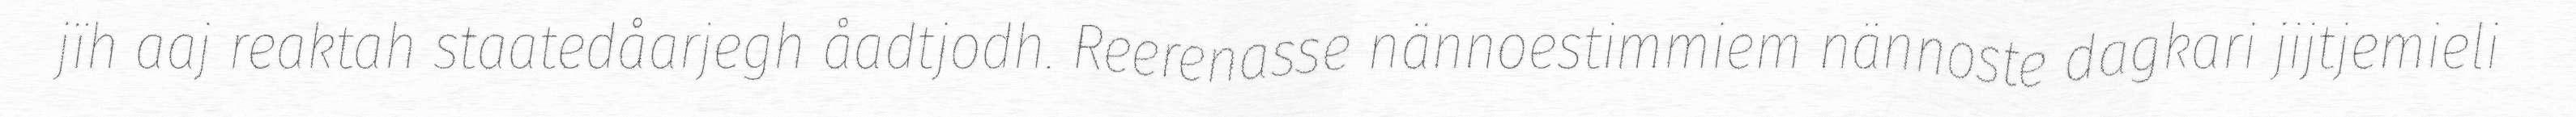
jïh aaj reaktah staatedåarjegh åadtjodh. Reerenasse nännoestimmiem nännoste dagkari jijtjemieli